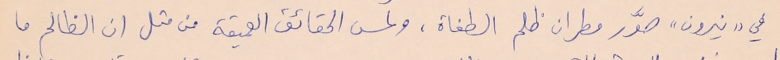
في "نيرون" صوَّر مطران ظلم الطغاة، ولمس الحقائق العميقة من مثل ان الظالم ما